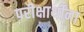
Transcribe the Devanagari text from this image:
परीक्षार्थींना